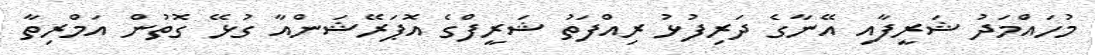
މުހައްމަދު ޝަރީފާއި އޭނާގެ ދަރިފުޅު ރިއްފަތު ޝަރީފްގެ އޮޕަރޭޝަންއާ ގުޅޭ ގޮތުން އަމްރިތާ